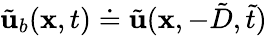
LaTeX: \tilde{\mathbf{u}}_{b}(\mathbf{x},t)\doteq\tilde{\mathbf{u}}(\mathbf{x},-\tilde{D},\tilde{t})